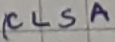
Text: CLSA